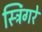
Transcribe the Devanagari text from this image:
स्ट्रिंगरे